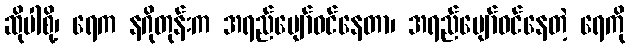
ဆိုပါစို့၊ ရေက နဂိုတုန်းက အရည်ပျော်ဝင်နေတာ၊ အရည်ပျော်ဝင်နေတဲ့ ရေကို